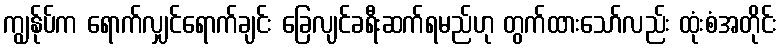
ကျွန်ုပ်က ရောက်လျှင်ရောက်ချင်း ခြေလျင်ခရီးဆက်ရမည်ဟု တွက်ထားသော်လည်း ထုံးစံအတိုင်း